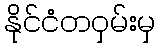
နိုင်ငံတဝှမ်းမှ